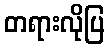
တရားလိုပြ